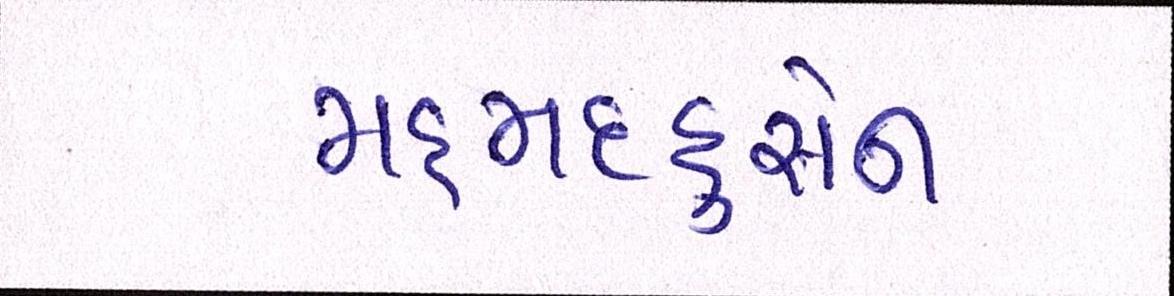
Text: મહમદહુસેન